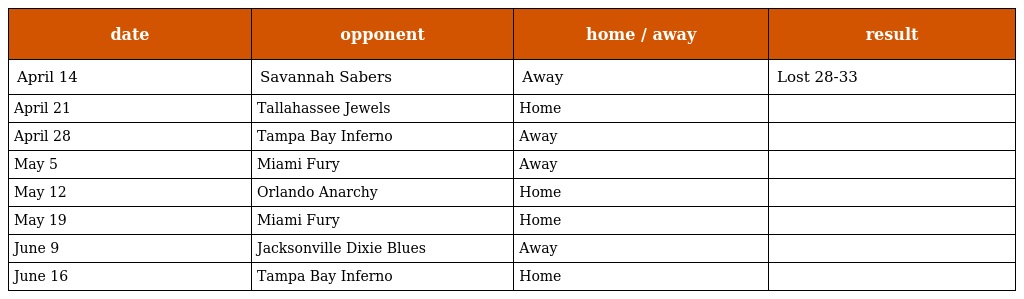
| date | opponent | home / away | result |
 | --- | --- | --- | --- |
 | April 14 | Savannah Sabers | Away | Lost 28-33 |
 | April 21 | Tallahassee Jewels | Home |  |
 | April 28 | Tampa Bay Inferno | Away |  |
 | May 5 | Miami Fury | Away |  |
 | May 12 | Orlando Anarchy | Home |  |
 | May 19 | Miami Fury | Home |  |
 | June 9 | Jacksonville Dixie Blues | Away |  |
 | June 16 | Tampa Bay Inferno | Home |  |